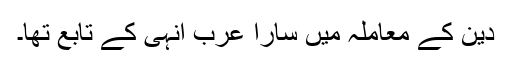
دین کے معاملہ میں سارا عرب انہی کے تابع تھا۔